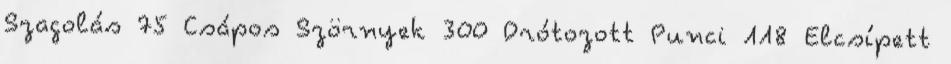
Szagolás 75 Csápos Szörnyek 300 Drótozott Punci 118 Elcsípett